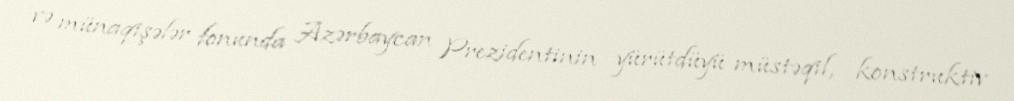
və münaqişələr fonunda Azərbaycan Prezidentinin yürütdüyü müstəqil, konstruktiv